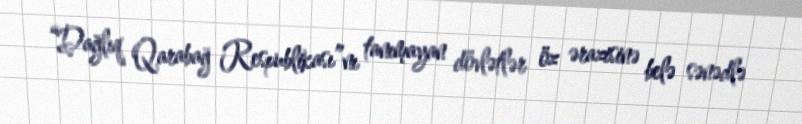
“Dağlıq Qarabağ Respublikası”nı tanımayan dövlətlər öz ərazisinə belə sənədlə